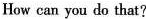
How can you do that?